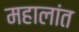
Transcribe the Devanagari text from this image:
महालांत